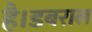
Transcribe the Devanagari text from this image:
है।डबराल